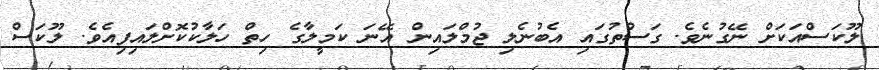
ލޫކަސްއަކަށް ނޭގުނެވެ. ގަސްތުގައި އެބުނެލި ޖުމްލައިން އޭނަ ކަމީލާގެ ހިތް ހަލާކުކޮށްލައިފިއެވެ. ލޫކަސް